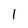
Character: l